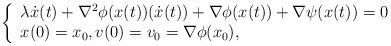
LaTeX: \begin{align*}\left\{\begin{array}{ll}\lambda\dot x(t)+\nabla^2\phi(x(t))(\dot x(t))+\nabla\phi(x(t))+\nabla \psi(x(t))=0\\x(0)=x_0, v(0)=v_0=\nabla\phi(x_0),\end{array}\right.\end{align*}